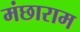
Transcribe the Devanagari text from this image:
मंछाराम